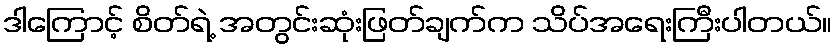
ဒါကြောင့် စိတ်ရဲ့ အတွင်းဆုံးဖြတ်ချက်က သိပ်အရေးကြီးပါတယ်။